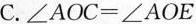
C.$$ ∠AOC=∠AOE $$